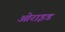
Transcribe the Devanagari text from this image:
ओराइड